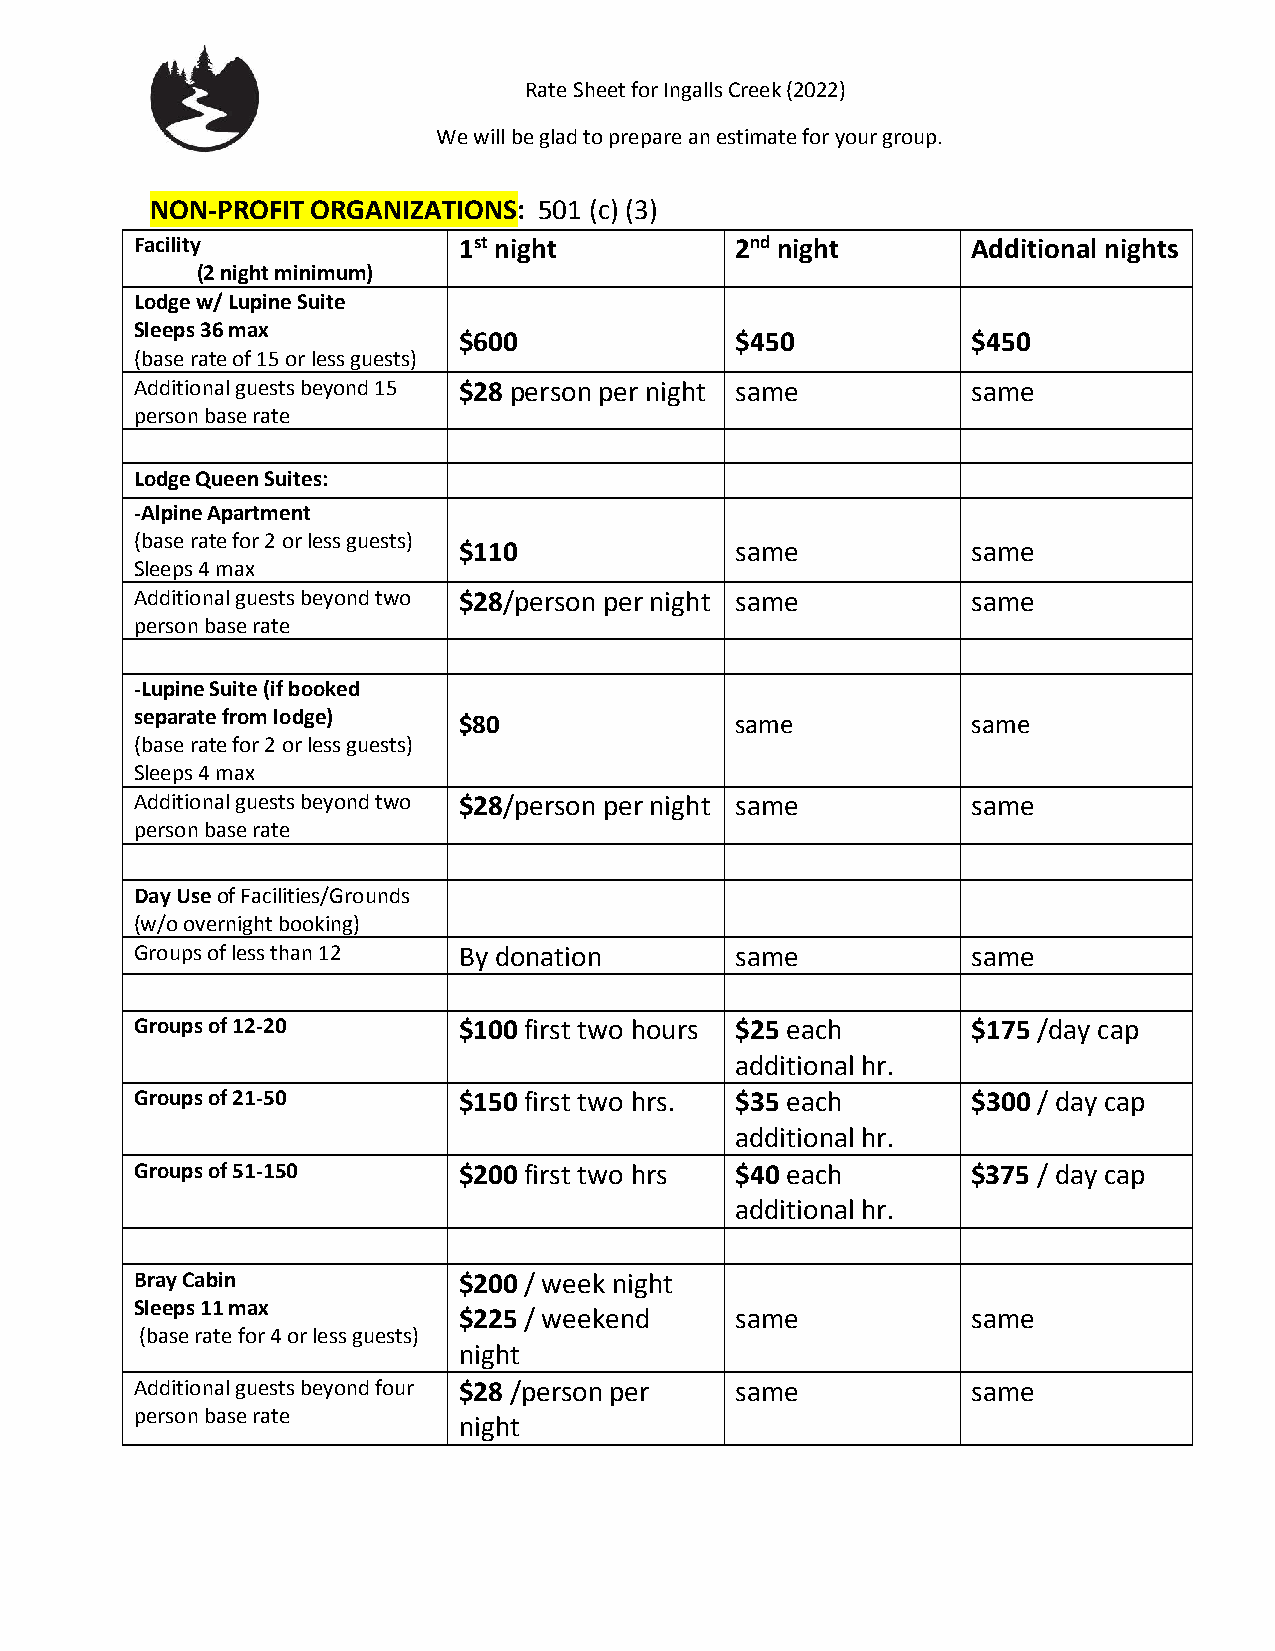
Rate Sheet for Ingalls Creek (2022)
 We will be glad to prepare an estimate for your group.
 NON-PROFIT ORGANIZATIONS: 501 (c) (3)
 Facility             1st night          2nd night      Additional nights
 (2 night minimum)
 Lodge w/ Lupine Suite
 Sleeps 36 max
 $600               $450           $450
 (base rate of 15 or less guests)
 Additional guests beyond 15 $28 person per night same  same
 person base rate
 Lodge Queen Suites:
 -Alpine Apartment
 (base rate for 2 or less guests)
 $110               same           same
 Sleeps 4 max
 Additional guests beyond two $28/person per night same same
 person base rate
 -Lupine Suite (if booked
 separate from lodge) $80                same           same
 (base rate for 2 or less guests)
 Sleeps 4 max
 Additional guests beyond two $28/person per night same same
 person base rate
 Day Use of Facilities/Grounds
 (w/o overnight booking)
 Groups of less than 12 By donation      same           same
 Groups of 12-20      $100 first two hours $25 each     $175 /day cap
 additional hr.
 Groups of 21-50      $150 first two hrs. $35 each      $300 / day cap
 additional hr.
 Groups of 51-150     $200 first two hrs $40 each       $375 / day cap
 additional hr.
 Bray Cabin           $200 / week night
 Sleeps 11 max
 $225 / weekend     same           same
 (base rate for 4 or less guests)
 night
 Additional guests beyond four $28 /person per same     same
 person base rate
 night